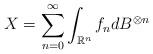
LaTeX: \begin{align*} X=\sum_{n=0}^{\infty}\int_{\mathbb{R}^n}f_ndB^{\otimes n}\end{align*}